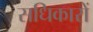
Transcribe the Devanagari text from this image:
सधिकारों